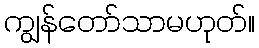
ကျွန်တော်သာမဟုတ်။